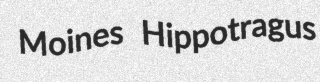
Moines Hippotragus